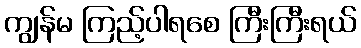
ကျွန်မ ကြည့်ပါရစေ ကြီးကြီးရယ်